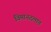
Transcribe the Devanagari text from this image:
विमानदलात